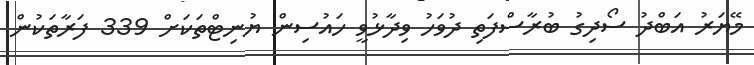
މޭޔަރު އަބްދު ސޯދިގު ބުރާސްފަތި ދުވަހު ވިދާޅުވީ ހައުސިން ޔުނިޓްތަކަށް 339 ފަރާތަކުން